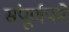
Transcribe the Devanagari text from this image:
संपूर्णपने